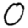
Digit: 0